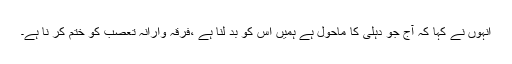
انہوں نے کہا کہ آج جو دہلی کا ماحول ہے ہمیں اس کو بد لنا ہے ،فرقہ وارانہ تعصب کو ختم کر نا ہے۔